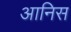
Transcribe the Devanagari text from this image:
आनिस